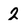
Character: 2